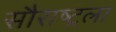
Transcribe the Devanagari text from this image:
सौराष्ट्रला